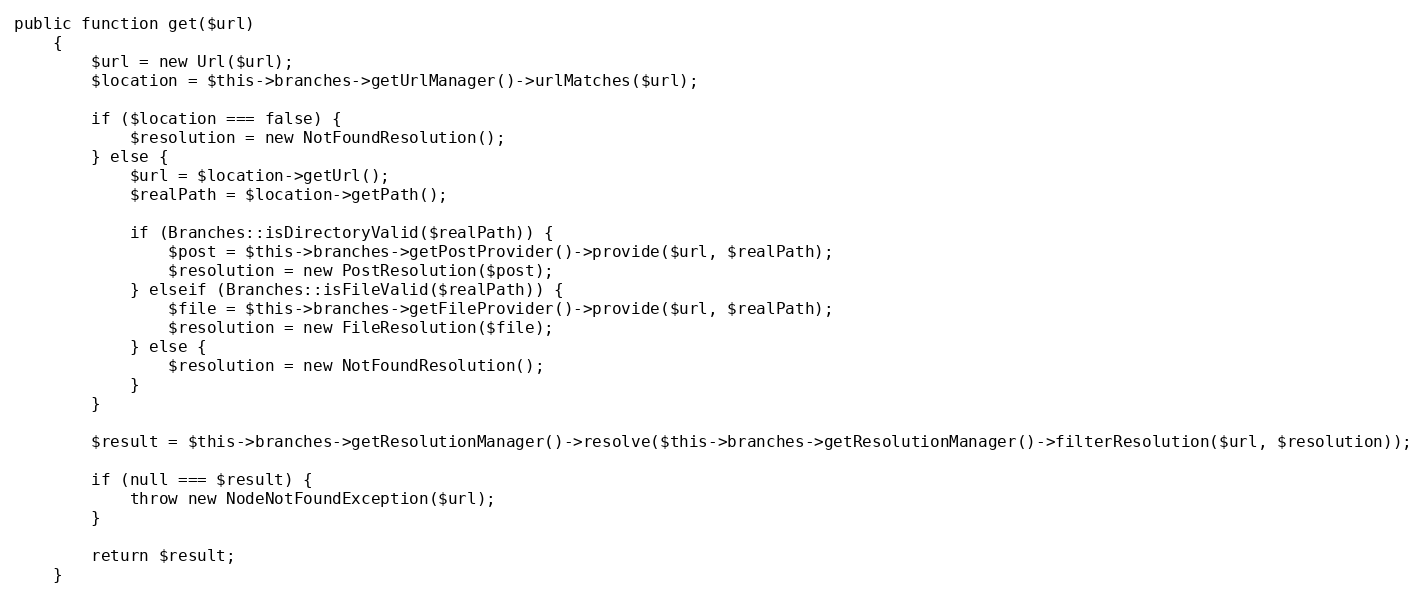
Language: PHP
public function get($url)
    {
        $url = new Url($url);
        $location = $this->branches->getUrlManager()->urlMatches($url);

        if ($location === false) {
            $resolution = new NotFoundResolution();
        } else {
            $url = $location->getUrl();
            $realPath = $location->getPath();

            if (Branches::isDirectoryValid($realPath)) {
                $post = $this->branches->getPostProvider()->provide($url, $realPath);
                $resolution = new PostResolution($post);
            } elseif (Branches::isFileValid($realPath)) {
                $file = $this->branches->getFileProvider()->provide($url, $realPath);
                $resolution = new FileResolution($file);
            } else {
                $resolution = new NotFoundResolution();
            }
        }

        $result = $this->branches->getResolutionManager()->resolve($this->branches->getResolutionManager()->filterResolution($url, $resolution));

        if (null === $result) {
            throw new NodeNotFoundException($url);
        }

        return $result;
    }